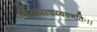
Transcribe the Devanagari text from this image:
शिरसस्त्वय्यवनतिः।।